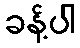
ခန့်ပါ